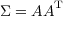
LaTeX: { \boldsymbol { \Sigma } } = { \boldsymbol { A } } { \boldsymbol { A } } ^ { \mathrm { T } }